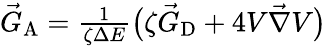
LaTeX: \begin{array}{r}{\vec{G}_{\textrm{A}}=\frac{1}{\zeta\Delta E}\bigl(\zeta\vec{G}_{\textrm{D}}+4V\vec{\nabla}V\bigr)}\end{array}